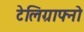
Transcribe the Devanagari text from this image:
टेलिग्राफ्नो